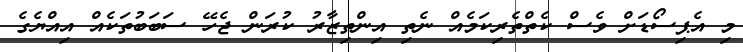
މި އެޕިސޯޑަށް ވެސް ކެތްތެރިކަމެއް ނެތި އިންތިޒާރު ކުރަން ޖެހޭ ސަބަބުތަކެއް އިއްޔެގެ